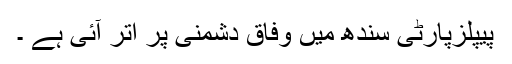
پیپلزپارٹی سندھ میں وفاق دشمنی پر اُتر آئی ہے ۔